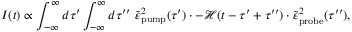
I ( t ) \propto \int _ { - \infty } ^ { \infty } d \tau ^ { \prime } \int _ { - \infty } ^ { \infty } d \tau ^ { \prime \prime } ~ \tilde { \varepsilon } _ { \mathrm { p u m p } } ^ { 2 } ( \tau ^ { \prime } ) \cdot - \mathcal { H } ( t - \tau ^ { \prime } + \tau ^ { \prime \prime } ) \cdot \tilde { \varepsilon } _ { \mathrm { p r o b e } } ^ { 2 } ( \tau ^ { \prime \prime } ) ,